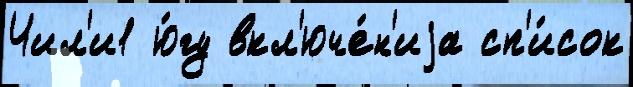
Чил'и1 ю́гу вкл'юче́н'иjа сп'и́сок